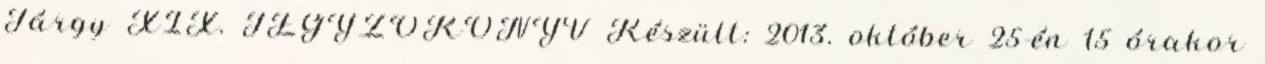
Tárgy XIX. JEGYZŐKÖNYV Készült: 2013. október 25-én 15 órakor